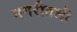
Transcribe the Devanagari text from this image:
नगरीतली